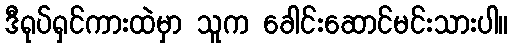
ဒီရုပ်ရှင်ကားထဲမှာ သူက ခေါင်းဆောင်မင်းသားပါ။